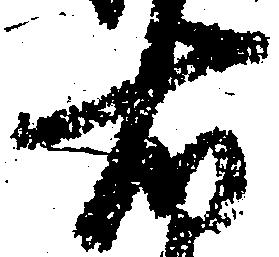
右